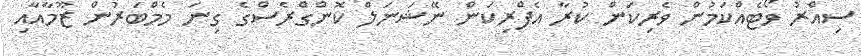
ސިއްރު ވޯޓެއްކަމުން ވެރިކަން ކުރާ އެފްރިކަން ނޭޝަނަލް ކޮންގްރެސްގެ ގިނަ މެމްބަރުން ޒޫމާއާއި